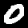
Label: 0